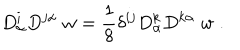
LaTeX: D _ { \alpha } ^ { i } D ^ { j \alpha } \; w = { \frac { 1 } { 8 } } \delta ^ { i j } D _ { \alpha } ^ { k } D ^ { k \alpha } \; w \; .